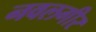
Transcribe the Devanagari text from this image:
नवलगीर